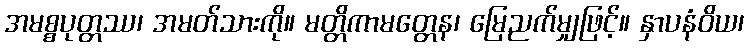
အမစ္စပုတ္တဿ၊ အမတ်သားကို။ မတ္တိကာမတ္တေန၊ မြေညက်မျှဖြင့်။ နှာပနံဝိယ၊